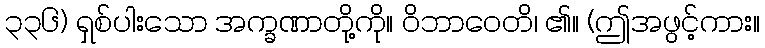
၃၃၆) ရှစ်ပါးသော အက္ခဏာတို့ကို။ ဝိဘာဝေတိ၊ ၏။ (ဤအဖွင့်ကား။